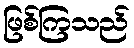
ဖြစ်ကြသည်